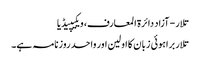
تلار - آزاد دائرۃ المعارف، ویکیپیڈیا
تلار براہوئی زبان کا اولین اور واحد روزنامہ ہے۔